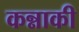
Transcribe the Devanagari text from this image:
कन्नाकी